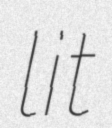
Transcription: lit